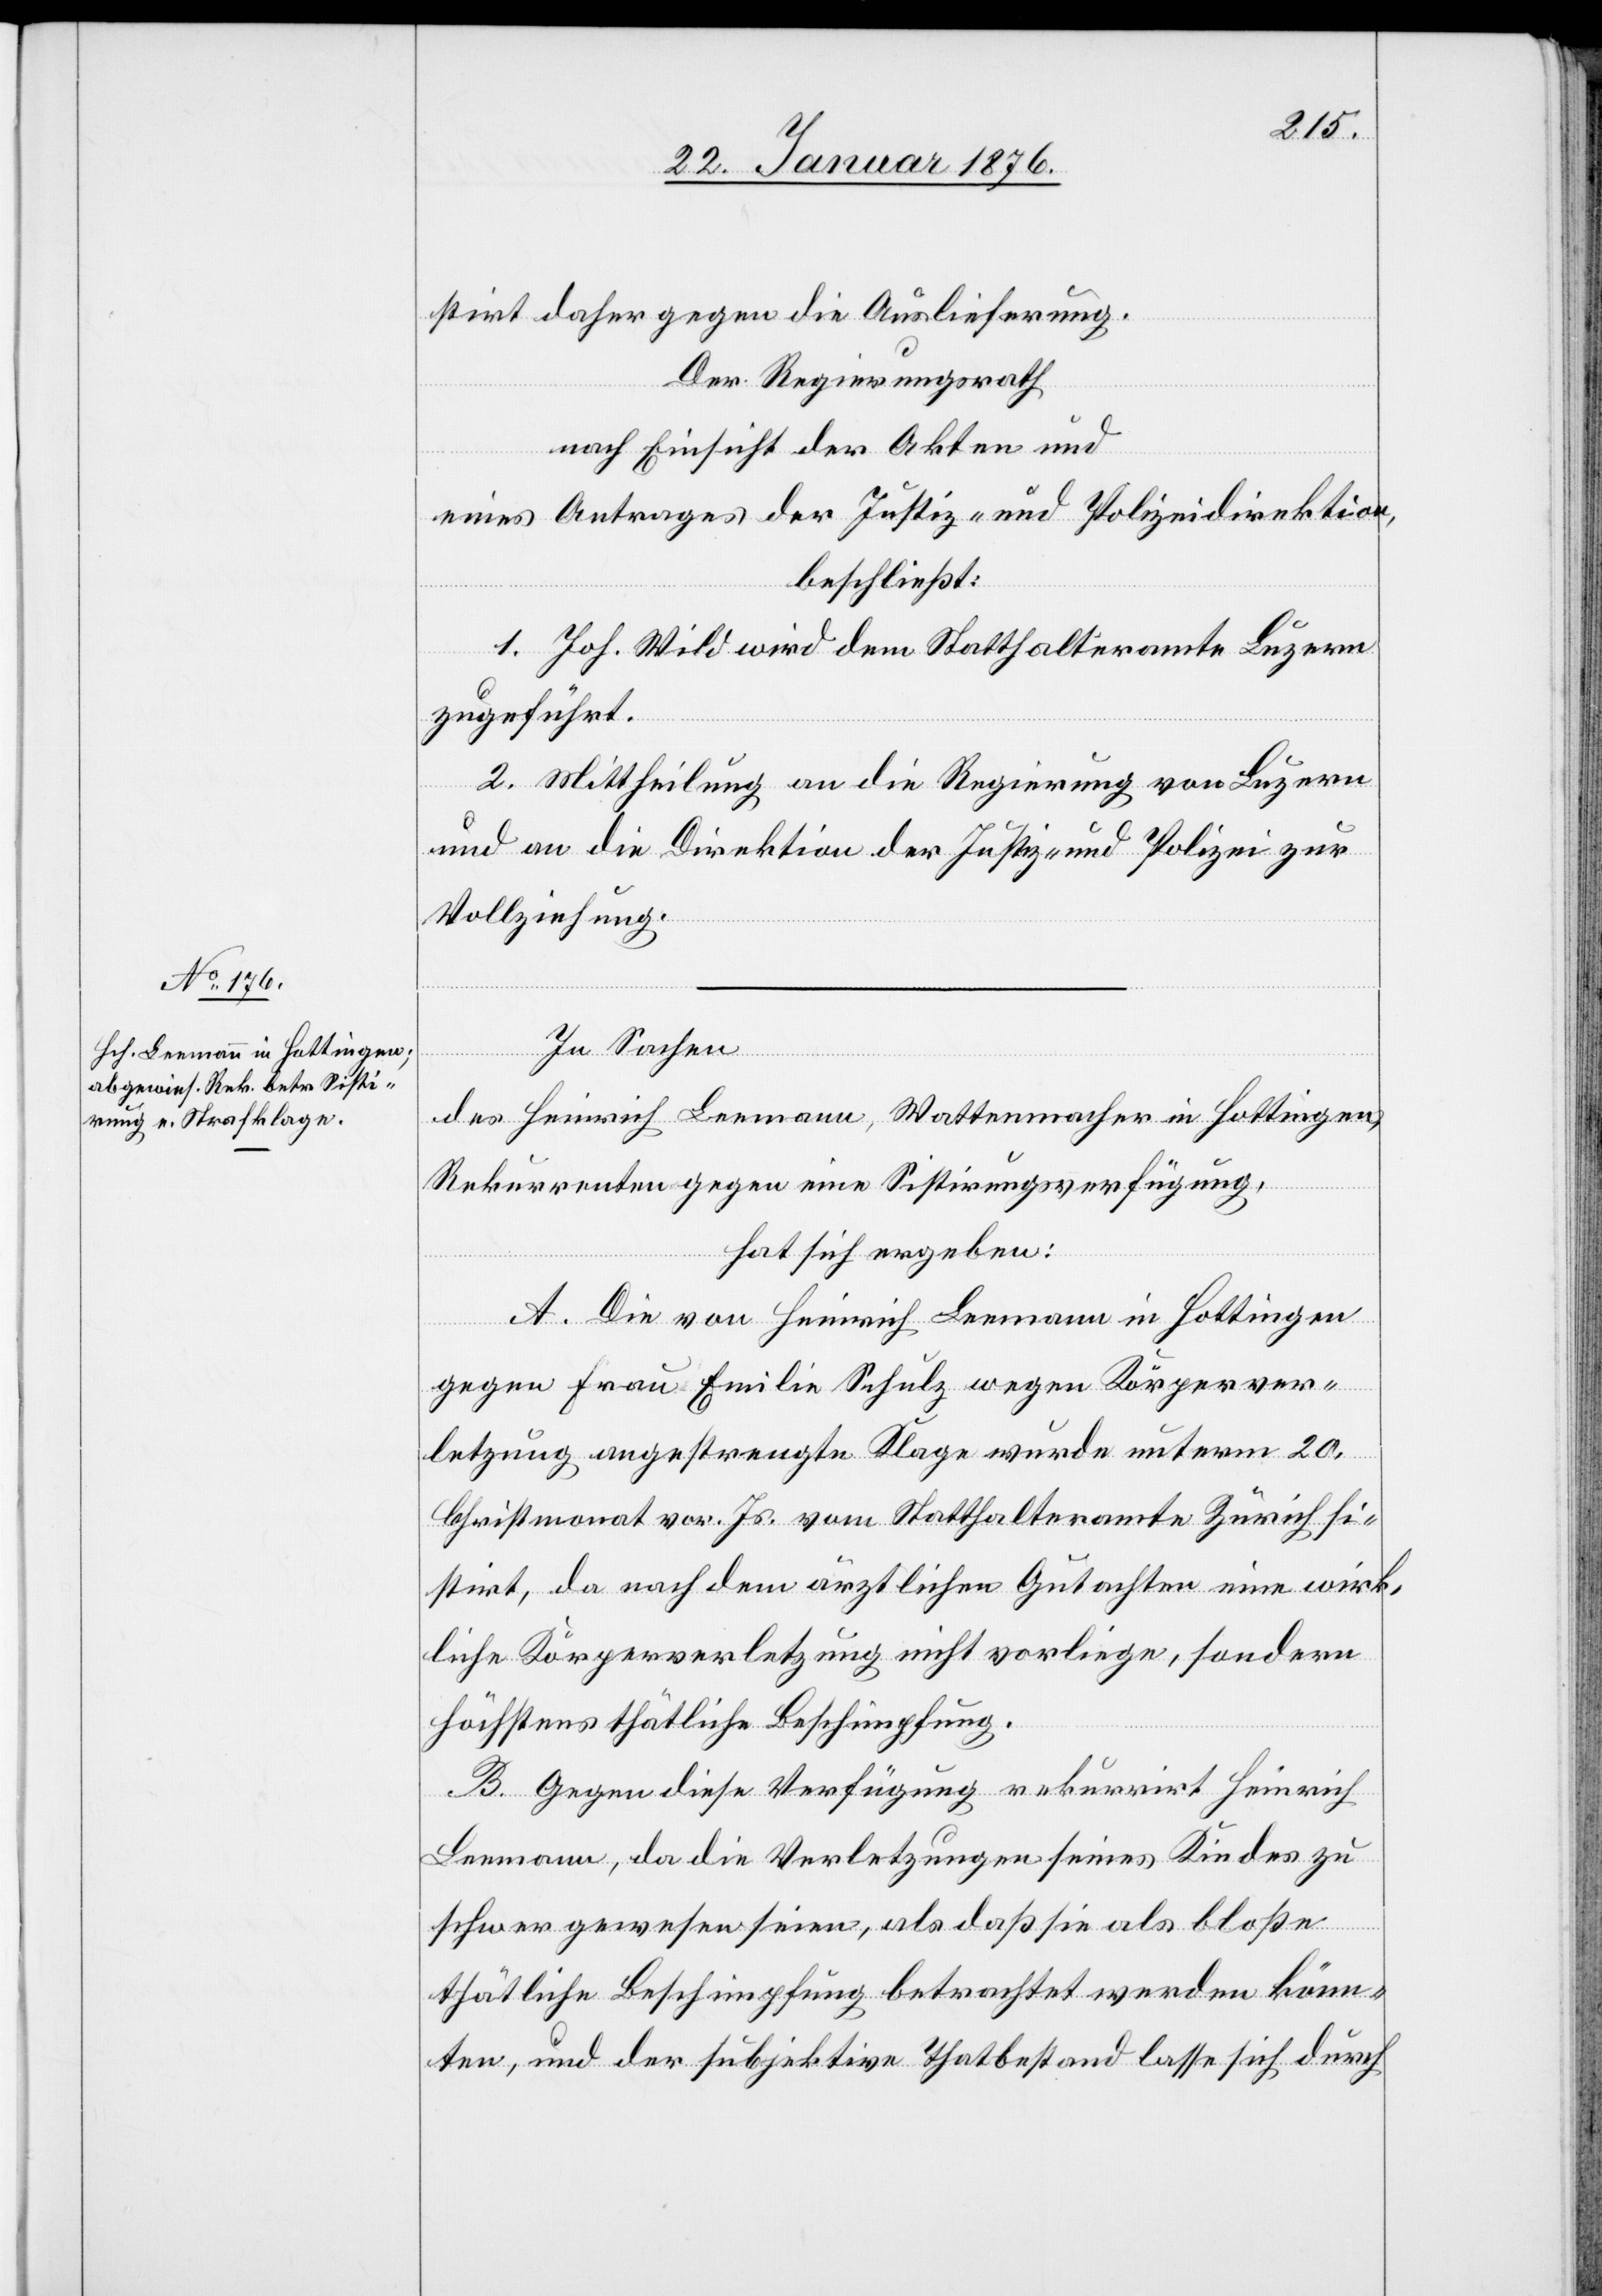
stirt daher gegen die Auslieferung.
Der Regierungsrath
nach Einsicht der Akten und
eines Antrages der Justiz- und Polizeidirektion,
beschließt:
1. Joh. Wild wird dem Statthalteramte Luzern
zugeführt.
2. Mittheilung an die Regierung von Luzern
und an die Direktion der Justiz- und Polizei zur
Vollziehung.
In Sachen
des Heinrich Leemann, Wattenmacher in Hottingen,
Rekurrenten gegen eine Sistirungsverfügung,
hat sich ergeben:
A. Die von Heinrich Leemann in Hottingen
gegen Frau Emilie Schulz wegen Körperver¬
letzung angestrengte Klage wurde unterm 20.
Christmonat vor. Js. vom Statthalteramt Zürich si¬
stirt, da nach dem ärztlichen Gutachten eine wirk¬
liche Körperverletzung nicht vorliege, sondern
höchstens thätliche Beschimpfung.
B. Gegen diese Verfügung rekurrirt Heinrich
Lemmann, da die Verletzungen seines Kindes zu
schwer gewesen seien, als daß sie als bloße
thätliche Beschimpfung betrachtet werden könn¬
ten, und der subjektive Thatbestand lasse sich durch